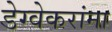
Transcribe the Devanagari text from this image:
डेग्वेकरांना